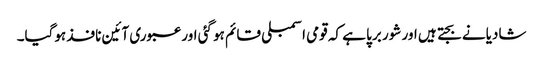
شادیانے بجتے ہیں اور شور برپا ہے کہ قومی اسمبلی قائم ہو گئی اور عبوری آئین نافذ ہوگیا۔